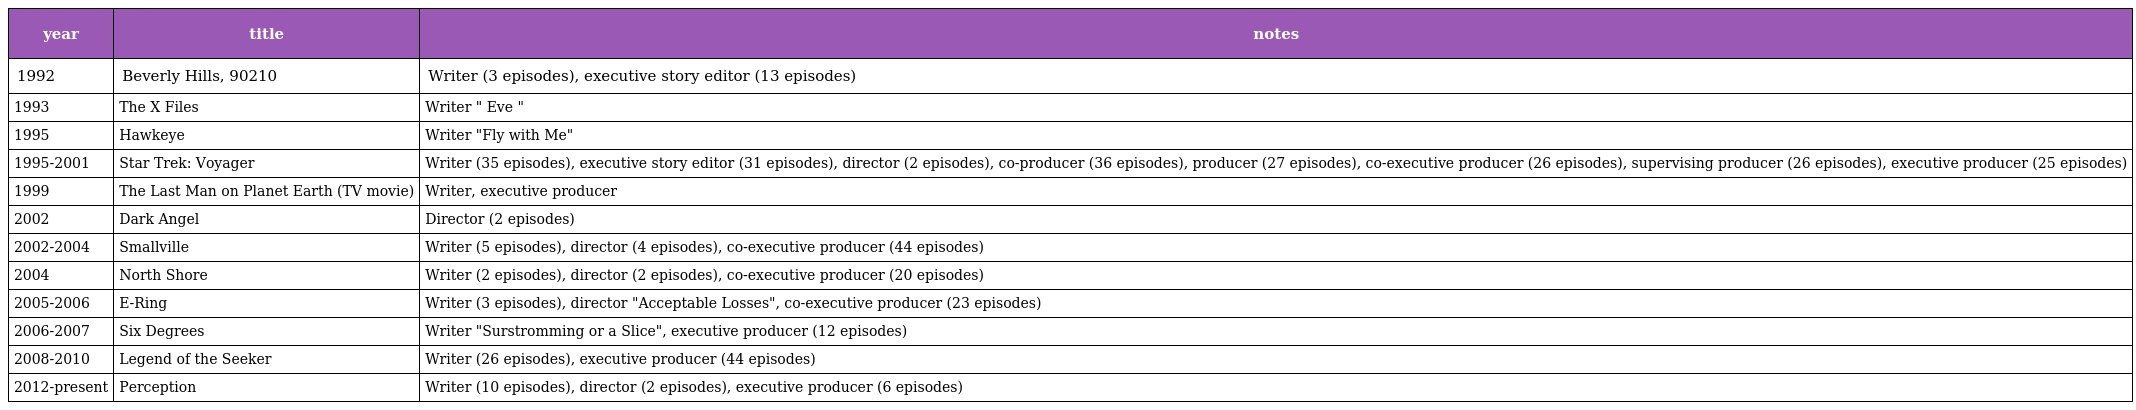
| year | title | notes |
 | --- | --- | --- |
 | 1992 | Beverly Hills, 90210 | Writer (3 episodes), executive story editor (13 episodes) |
 | 1993 | The X Files | Writer " Eve " |
 | 1995 | Hawkeye | Writer "Fly with Me" |
 | 1995-2001 | Star Trek: Voyager | Writer (35 episodes), executive story editor (31 episodes), director (2 episodes), co-producer (36 episodes), producer (27 episodes), co-executive producer (26 episodes), supervising producer (26 episodes), executive producer (25 episodes) |
 | 1999 | The Last Man on Planet Earth (TV movie) | Writer, executive producer |
 | 2002 | Dark Angel | Director (2 episodes) |
 | 2002-2004 | Smallville | Writer (5 episodes), director (4 episodes), co-executive producer (44 episodes) |
 | 2004 | North Shore | Writer (2 episodes), director (2 episodes), co-executive producer (20 episodes) |
 | 2005-2006 | E-Ring | Writer (3 episodes), director "Acceptable Losses", co-executive producer (23 episodes) |
 | 2006-2007 | Six Degrees | Writer "Surstromming or a Slice", executive producer (12 episodes) |
 | 2008-2010 | Legend of the Seeker | Writer (26 episodes), executive producer (44 episodes) |
 | 2012-present | Perception | Writer (10 episodes), director (2 episodes), executive producer (6 episodes) |